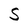
Character: S